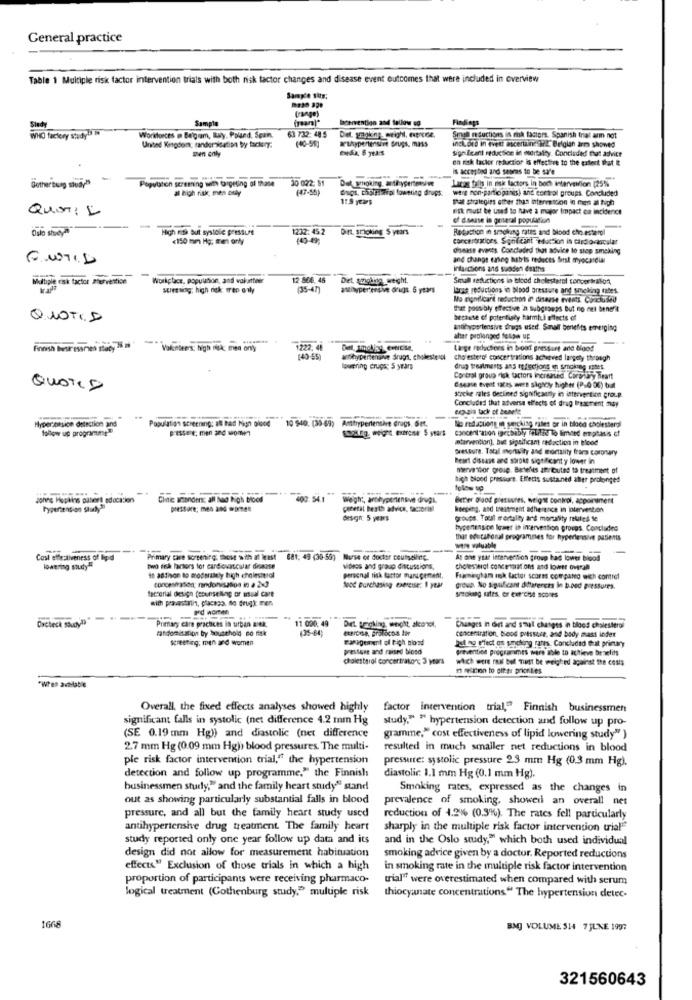
General practice
Table 1 Multiple risk factor intervention trials with both risk factor changes and disease event outcomes that were included in overview
Sample sits;
(range)
Sample
beervention and follow up
Findings
Sind
63 732: 48 5
WHO factory Studyby
Workforces m Belgum, Buy, Poland, Spain
(40-96]
Det. yagking. wright, exprese.
athypertensive drugs, mass
Small nductions in risk factors. Spanish trial aum not
included in event ascertainc Wl. Belgian arm showed
United Kingdom, randersisation by fack y:
Significant redacsice in euertality. Concluded That advice
men only
on fisk tacker reduction is effective to the extent that It
is accepbed and seoras to be safe
Population seremning with targeting of thane
30 022: 51 Det smoking, anti-ypertesiw
Bother bung stua?""
al high risk, men coly
(47-55)
dugs. choisirpl lowering drups:
were non-partioganes) and control groups. Concluded
Lacasa falls in risk factors in boch intervention [25%
118 years
Shal strategies other than intervention in men al Nigh
QUETIL
Fisk must be used to have a major Impact ca incidence
of disease in general population
Oslo story
High sta But systole pressure
1232: 45.2
It SPicking S years
Regaction in sracking rates and blood cho esterol
-
<150 mm Hg; tren only
143-49
concertnations Sonticant auction is cardiovascular
disease events Concluded that advice to stop smoking
and change sanseg habris reduces first myocardial
Intancions and sudden deaths
iabgle risk factor Pervention
Workplace, population, and vakatteer
12 806, 45 Det. gripling, weight.
griglia weight.
Smull reductions in blood cholesterol concertralion,
surething; high nek trep only
(35-47)
annyper'ersie drugs. 6 years
laute reductions in blood aressure and smelling tabes.
No significant redaction in disease events Concluded
that possibly effective 'a subgroups but no met benefit
Q.10TID
because of potentially harmful effects of
antihypertensive drugs used. Small benefits emerging
aher prolonged felpa UE
1222. 46
Det, smoking, emricise,
Læge reducters in boat grissurt and blood
140-55
antihypertensive Srugt, cholesterol
cholesterol concertrations achutved langely through
lowering drugs; S years
dnig treatments ans reflections on smoking mines
Control group risk factors increased Carpruhy Beart
QUOTID
disease event faces were sighoy higher (P.000) but
soche rales declined significantly in intervention group.
Concluded that adverse effects of drug Irsaement may
eca.zis lack of benett
Antitrypertentare drugs. det.
Hyperionsich detection and
follow up programme?
Population screening: at had high blood
Nie Good 10 540. (30 69)
SO2Kg weight extrene 5 years concentration inecbably feldlike To limited emphasis of
No redactiong in secking rales or in blood cholesterol
wtarvention]. but significam redaction in blood
pressure. Total mortality and mortality frans coronary
heart disease and stroke significant y lower in
mervendor group. Bartelis attributed to treatment of
high blood pressure. Effects sustaned after prolonged
Johns Hopkins patient education
Clinic amimnorrs: all Nas high blood
400:541
weigh :, arthypertensive drugs.
Better blood pressures, weight control, appointment
hypertension stuly ?!
general beath advice, factorial
knegeng, and treatment adherence in intervention
groups. Toul mortality and mortality rules Se
hypertension lower is intervention groeps. Concludes
that educational programmes for hypertensive patients
were valuable
Cost effectiveness of lipid
Primary care screening: those with at least
681: 49 (30-50)
681: 49 (30-50) Nurse of doctor coutselling.
At one ytar intervention group had lower blood
lowering study
two fisk factors for cardiovascular disarse
videos and group discussions,
cholesterol concentrations and lower overall
in asthon to moderately high cholesterol
concesiration; nndonisation in a 2-3
personal risk factor management.
Framingham mok factor scores compared with contref
Nood purchasing exercise; 1 year
group. No Significant differences in boed pressures.
with pravastatin, placazo, do drugi men
smoking sites, of exercise scores
od women
Oxcheck Study!)
1 000
Primary care practices in urban BOX.
randomisation by household no nak
Det. trigking, weight, alcohol,
Changes in dirt and small changes in blocs cholesterol
screening; men and women
management of Fich blond
concentration. blood pressure, and body mass inder
Put og effect on smoking rates. Concluded that primary
pressure and raised biosd
prevention programmes were able to actieve benefits
cholesterol Concertnatorc 3 years
which were raal bet must be weighed against the costs
m reaction to citer priorities
"When available
Overall, the fixed effects analyses showed highly
factor intervention trial," Finnish businessmen
significant falls in systolic (net difference 4.2 mm Hg
study." " hypertension detection and follow up pro-
(SE 0.19 mm Hg)) and diastolic (net difference
gramme," cost effectiveness of lipid lowering study" )
2.7 mm Hg (0.09 mm Hg)) blood pressures. The multi-
resulted in much smaller net reductions in blood
ple risk factor intervention trial," the hypertension
pressire: systolic pressure 2.5 mm Hg (0.3 mm Hg).
detection and follow up programme." the Finnish
diastolic 1.1 mm Hg (0.1 mm Hg).
businessmen study," and the family heart study" stand
Smoking rates, expressed as the changes in
out as showing particularly substantial falls in blood
prevalence of smoking, showed an overall net
pressure, and all but the family heart study used
reduction of 4.26 (0.3%). The rates fell particularly
antihypertensive drug treatment. The family heart
sharply in the multiple risk factor intervention trial"
study reported only one year follow up data and its
and in the Oslo study," which both used individual
design did not allow for measurement habituation
smoking advice given by a doctor. Reported reductions
effects." Exclusion of those trials in which a high
in smoking rate in the multiple risk factor intervention
proportion of participants were receiving pharmaco-
trial" were overestimated when compared with serum
logical treatment (Gothenburg study," multiple risk thiocyanate concentrations" The hypertension detec-
1666
BMJ VOLUME SH4 7 JUNE 1997
321560643